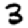
Digit: 3